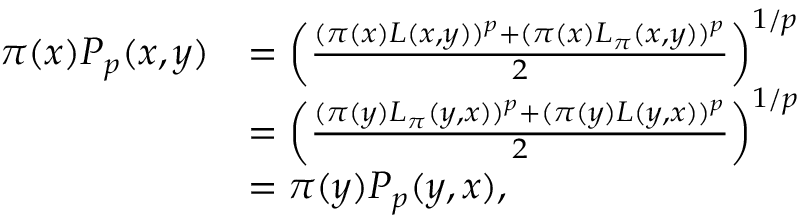
\begin{array} { r l } { \pi ( x ) P _ { p } ( x , y ) } & { = \left( \frac { ( \pi ( x ) L ( x , y ) ) ^ { p } + ( \pi ( x ) L _ { \pi } ( x , y ) ) ^ { p } } { 2 } \right) ^ { 1 / p } } \\ & { = \left( \frac { ( \pi ( y ) L _ { \pi } ( y , x ) ) ^ { p } + ( \pi ( y ) L ( y , x ) ) ^ { p } } { 2 } \right) ^ { 1 / p } } \\ & { = \pi ( y ) P _ { p } ( y , x ) , } \end{array}